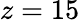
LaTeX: z=15